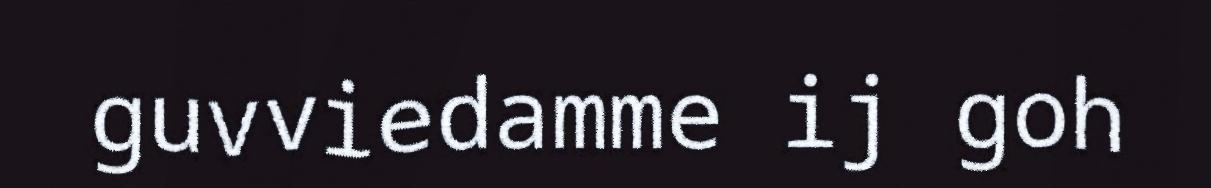
guvviedamme ij goh